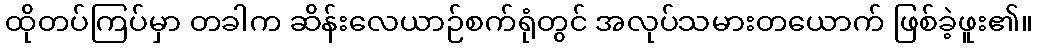
ထိုတပ်ကြပ်မှာ တခါက ဆိန်းလေယာဉ်စက်ရုံတွင် အလုပ်သမားတယောက် ဖြစ်ခဲ့ဖူး၏။